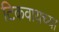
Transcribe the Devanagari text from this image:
टिकवायच्या